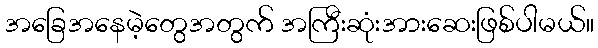
အခြေအနေမဲ့တွေအတွက် အကြီးဆုံးအားဆေးဖြစ်ပါမယ်။